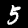
Label: 5